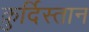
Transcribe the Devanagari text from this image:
क़ुर्दिस्तान